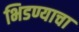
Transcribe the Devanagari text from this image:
भिडण्याचा